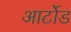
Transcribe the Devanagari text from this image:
आर्टोड